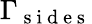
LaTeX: \Gamma_{\mathrm{~s~i~d~e~s~}}